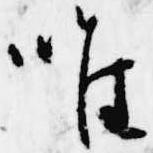
唯